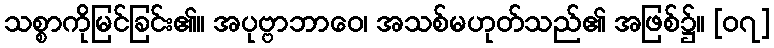
သစ္စာကိုမြင်ခြင်း၏။ အပုဗ္ဗာဘာဝေ၊ အသစ်မဟုတ်သည်၏ အဖြစ်၌။ [၀၇]